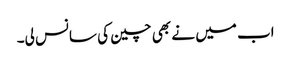
اب میں نے بھی چین کی سانس لی۔